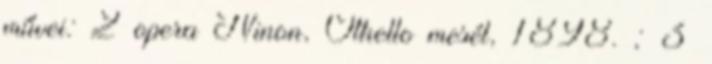
művei: 2 opera Ninon, Othello mesél, 1898. ; 3